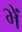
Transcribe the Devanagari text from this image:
भें